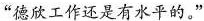
“德欣工作还是有水平的。”